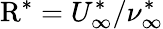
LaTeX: \mathrm{R}^{\ast}=U_{\infty}^{\ast}/\nu_{\infty}^{\ast}